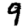
Digit: 9